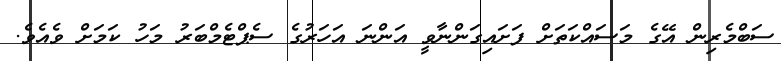
ސަބްމެރިން އޭގެ މަސައްކަތަށް ފަށައިގަންނާވީ އަންނަ އަހަރުގެ ސެޕްޓެމްބަރު މަހު ކަމަށް ވެއެވެ.